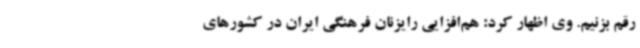
رقم بزنیم. وی اظهار کرد: هم‌افزایی رایزنان فرهنگی ایران در کشورهای